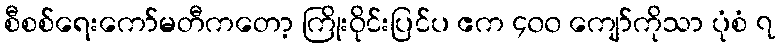
စီစစ်ရေးကော်မတီကတော့ ကြိုးဝိုင်းပြင်ပ ဧက ၄၀၀ ကျော်ကိုသာ ပုံစံ ၇